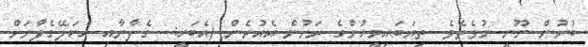
ބުނުން ނޫނީ ނުވެތެވެ. ތިޔަބައިމީހުންގެ ރަށުން އެއުރެން (އެބަހީ:  ގެފާނާއި އެކަލޭގެފާނަށް